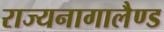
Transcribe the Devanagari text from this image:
राज्यनागालैण्ड